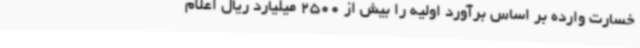
خسارت وارده بر اساس برآورد اولیه را بیش از 2500 میلیارد ریال اعلام